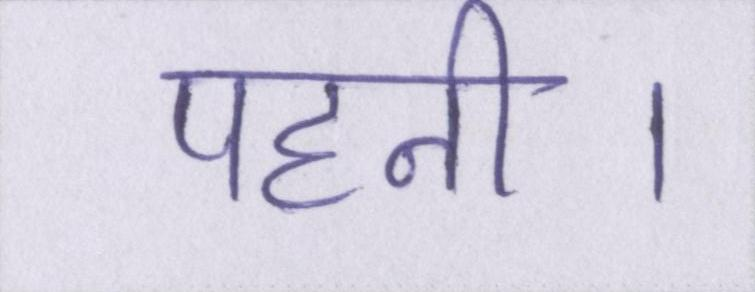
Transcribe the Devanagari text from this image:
पहनी।